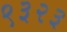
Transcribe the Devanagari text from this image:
९३२३